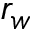
r _ { w }